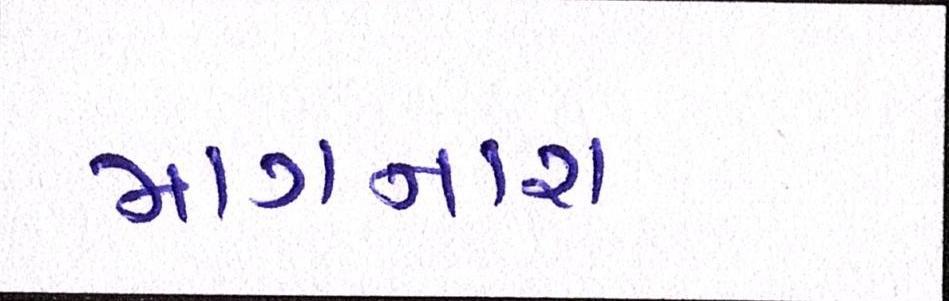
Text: માગનારા